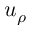
u _ { \rho }